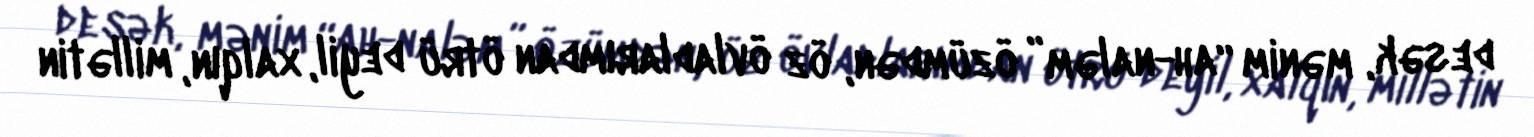
desək, mənim “ah-naləm” özümdən, öz övladlarımdan ötrü deyil, xalqın, millətin